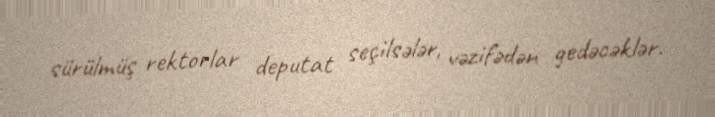
sürülmüş rektorlar deputat seçilsələr, vəzifədən gedəcəklər.